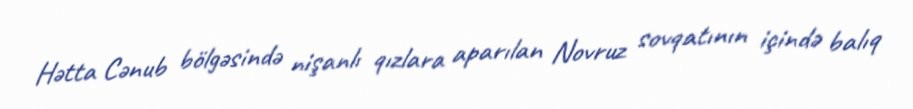
Hətta Cənub bölgəsində nişanlı qızlara aparılan Novruz sovqatının içində balıq